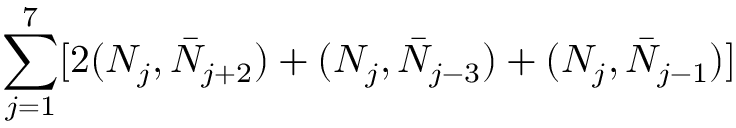
\sum _ { j = 1 } ^ { 7 } [ 2 ( N _ { j } , \bar { N } _ { j + 2 } ) + ( N _ { j } , \bar { N } _ { j - 3 } ) + ( N _ { j } , \bar { N } _ { j - 1 } ) ]